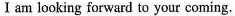
I am looking forward to your coming.